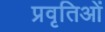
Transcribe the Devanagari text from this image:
प्रवृतिओं